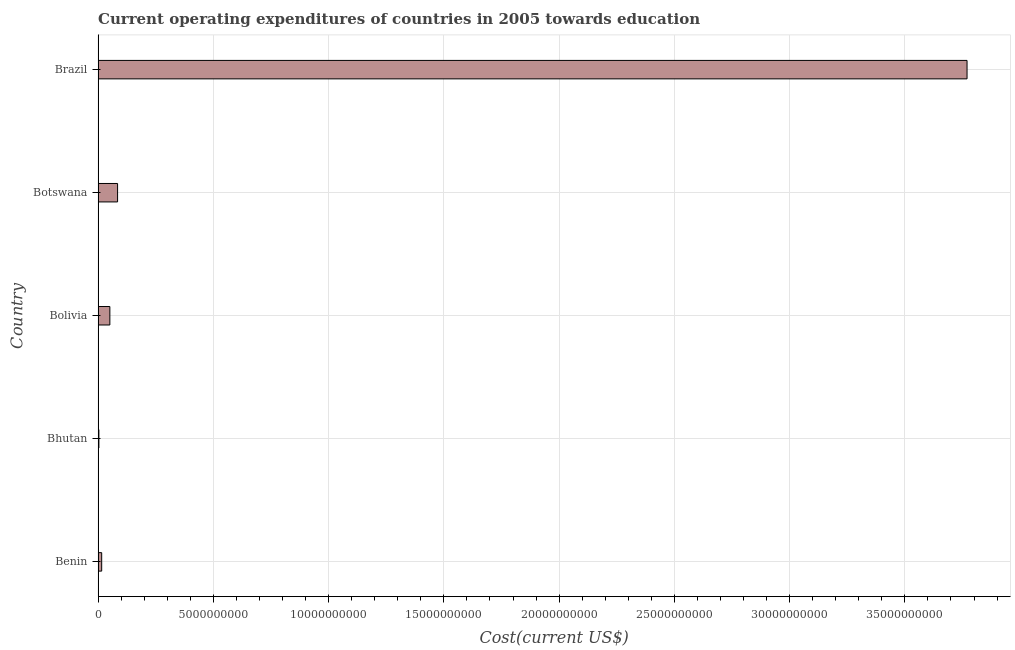
| Country | Education expenditure |
 | --- | --- |
 | Benin | 1.56e+08 |
 | Bhutan | 3.47e+07 |
 | Bolivia | 5.11e+08 |
 | Botswana | 8.46e+08 |
 | Brazil | 3.77e+10 |